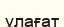
ұлағат